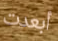
أبعدت